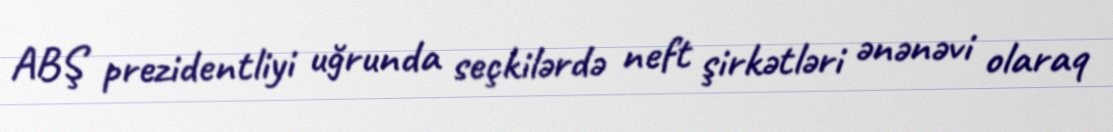
ABŞ prezidentliyi uğrunda seçkilərdə neft şirkətləri ənənəvi olaraq